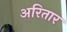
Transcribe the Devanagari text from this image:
अरितार